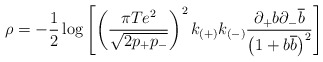
\begin{align*}\rho =-\frac{1}{2}\log \left[ \left( \frac{\pi Te^{2}}{\sqrt{2p_{+}p_{-}}}\right) ^{2}k_{(+)}k_{(-)}\frac{\partial _{+}b\partial _{-}\overline{b}}{\left( 1+b\overline{b}\right) ^{2}}\right]\end{align*}